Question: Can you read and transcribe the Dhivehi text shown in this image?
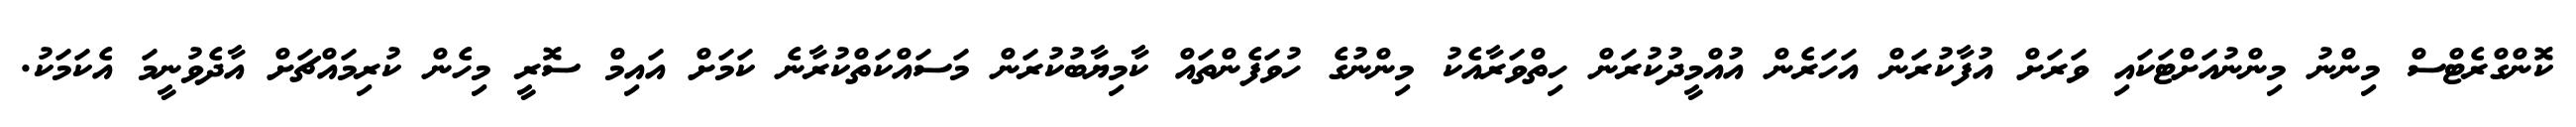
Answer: ކޮންގްރެޓްސް މިންނު މިންނުއަށްޓަކައި ވަރަށް އުފާކުރަން އަހަރެން އުއްމީދުކުރަން ހިތްވަރާއެކު މިންނުގެ ހުވަފެންތައް ކާމިޔާބުކުރަން މަސައްކަތްކުރާނެ ކަމަށް އައިމް ސޮރީ މިހެން ކުރިމައްޗަށް އާދެވުނީމަ އެކަމަކު.